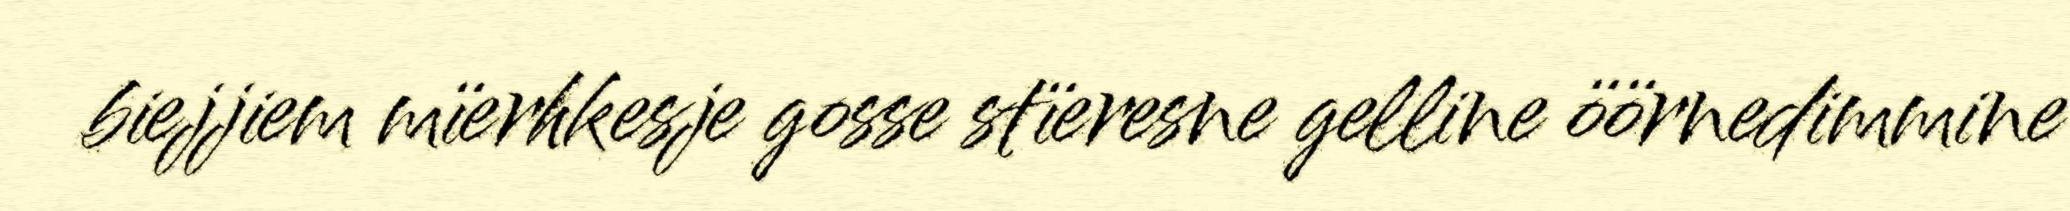
biejjiem mïerhkesje gosse stïeresne gelline öörnedimmine